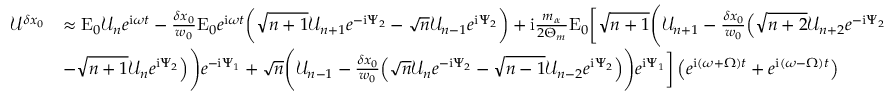
\begin{array} { r l } { \mathcal { U } ^ { \delta x _ { 0 } } } & { \approx \mathrm { E } _ { 0 } \mathcal { U } _ { n } e ^ { \mathrm { i } \omega t } - \frac { \delta x _ { 0 } } { w _ { 0 } } \mathrm { E } _ { 0 } e ^ { \mathrm { i } \omega t } \bigg ( \sqrt { n + 1 } \mathcal { U } _ { n + 1 } e ^ { - \mathrm { i } \Psi _ { 2 } } - \sqrt { n } \mathcal { U } _ { n - 1 } e ^ { \mathrm { i } \Psi _ { 2 } } \bigg ) + \mathrm { i } \frac { m _ { \alpha } } { 2 \Theta _ { m } } \mathrm { E } _ { 0 } \bigg [ \sqrt { n + 1 } \Bigg ( \mathcal { U } _ { n + 1 } - \frac { \delta x _ { 0 } } { w _ { 0 } } \Big ( \sqrt { n + 2 } \mathcal { U } _ { n + 2 } e ^ { - \mathrm { i } \Psi _ { 2 } } } \\ & { - \sqrt { n + 1 } \mathcal { U } _ { n } e ^ { \mathrm { i } \Psi _ { 2 } } \Big ) \Bigg ) e ^ { - \mathrm { i } \Psi _ { 1 } } + \sqrt { n } \Bigg ( \mathcal { U } _ { n - 1 } - \frac { \delta x _ { 0 } } { w _ { 0 } } \Big ( \sqrt { n } \mathcal { U } _ { n } e ^ { - \mathrm { i } \Psi _ { 2 } } - \sqrt { n - 1 } \mathcal { U } _ { n - 2 } e ^ { \mathrm { i } \Psi _ { 2 } } \Big ) \Bigg ) e ^ { \mathrm { i } \Psi _ { 1 } } \bigg ] \left( e ^ { \mathrm { i } ( \omega + \Omega ) t } + e ^ { \mathrm { i } ( \omega - \Omega ) t } \right) } \end{array}